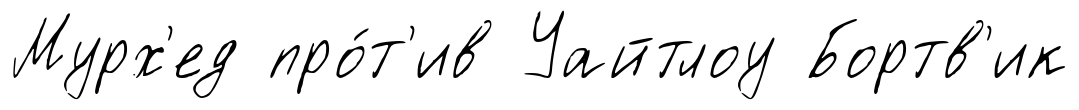
Мурх'ед про́т'ив Уайтлоу Бортв'ик